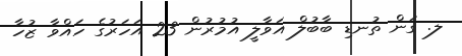
ލ. ގަން ތުނޑި ބާބުލް އަވާލީ އުމުރުން 23 އަހަރުގެ ހައްވާ ޒުހާ